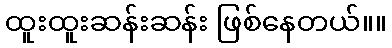
ထူးထူးဆန်းဆန်း ဖြစ်နေတယ်။။